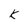
Character: r